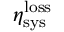
\eta _ { \mathrm { s y s } } ^ { \mathrm { l o s s } }